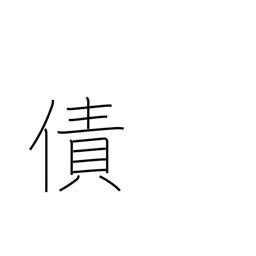
Meaning: debt